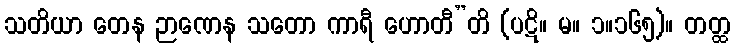
သတိယာ တေန ဉာဏေန သတော ကာရီ ဟောတီ”တိ (ပဋိ။ မ။ ၁။၁၆၅)။ တတ္ထ